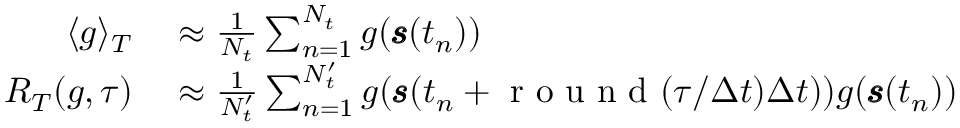
\begin{array} { r l } { \langle g \rangle _ { T } } & { { } \approx \frac { 1 } { N _ { t } } \sum _ { n = 1 } ^ { N _ { t } } g ( \pmb { s } ( t _ { n } ) ) } \\ { R _ { T } ( g , \tau ) } & { { } \approx \frac { 1 } { N _ { t } ^ { \prime } } \sum _ { n = 1 } ^ { N _ { t } ^ { \prime } } g ( \pmb { s } ( t _ { n } + \mathrm { ~ r ~ o ~ u ~ n ~ d ~ } ( \tau / \Delta t ) \Delta t ) ) g ( \pmb { s } ( t _ { n } ) ) } \end{array}